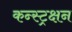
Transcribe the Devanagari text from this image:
कन्स्ट्रक्षन